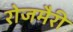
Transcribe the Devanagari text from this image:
रोजमैरी